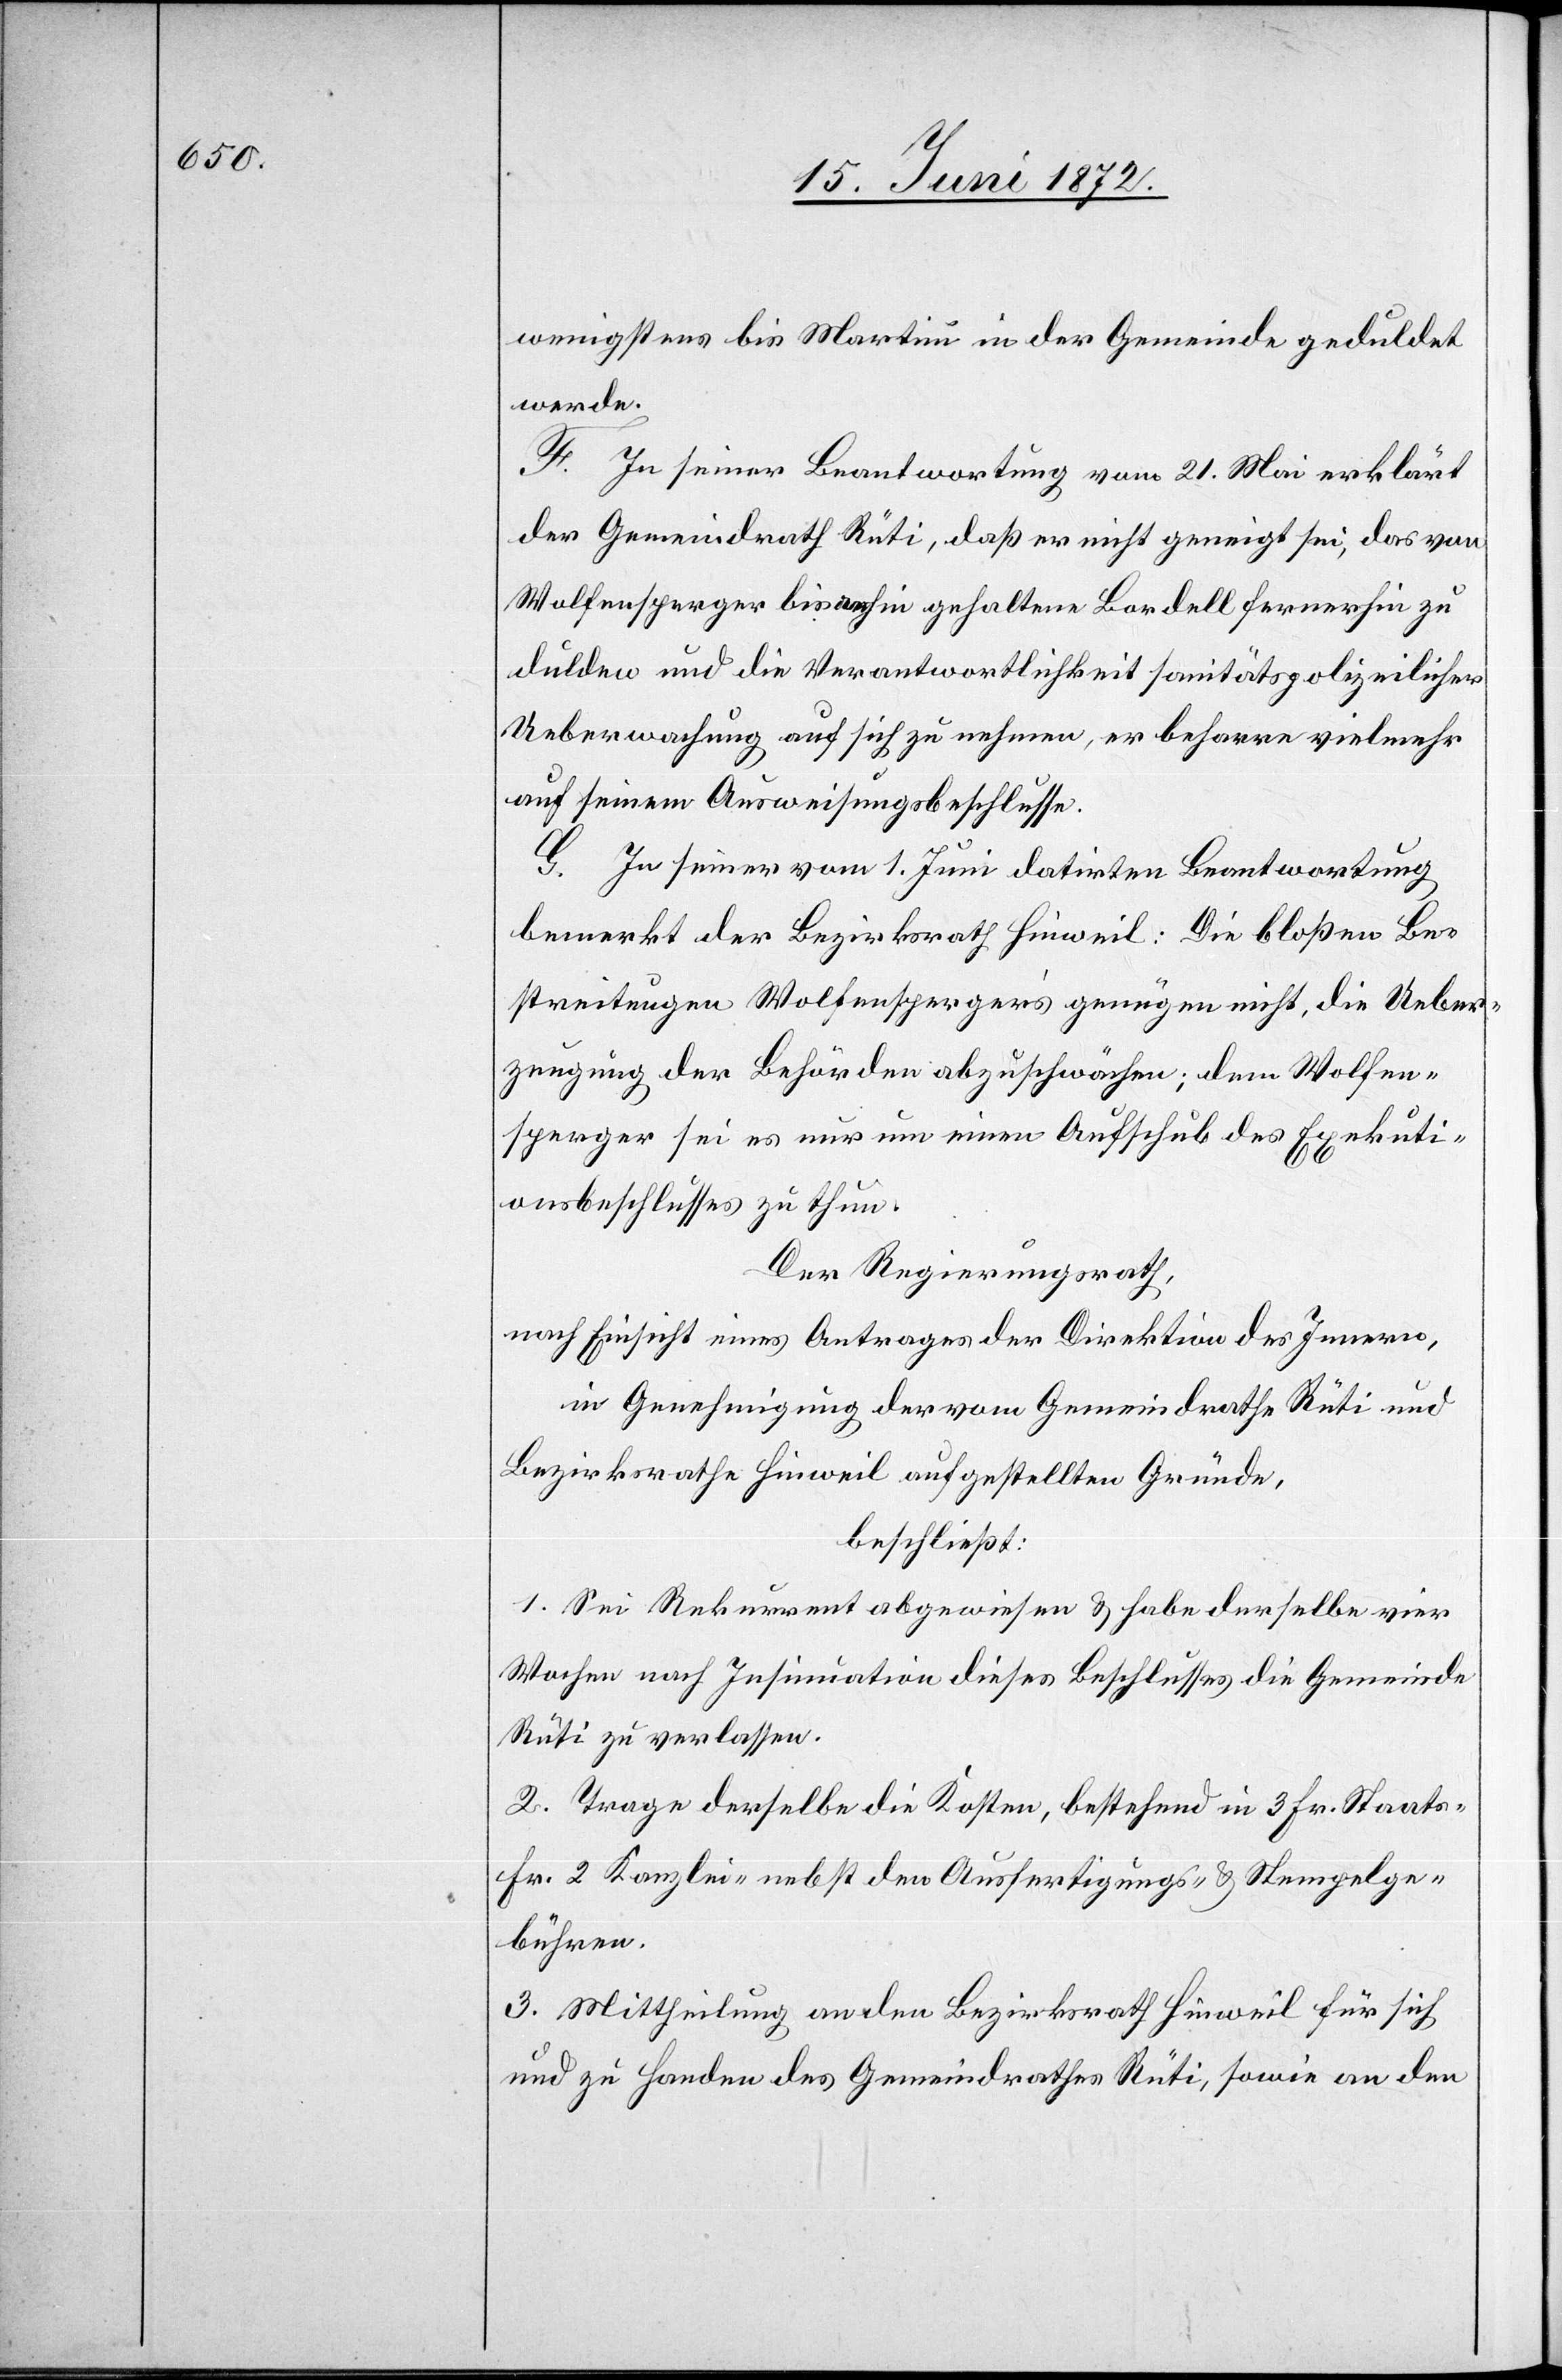
wenigstens bis Martini in der Gemeinde geduldet
werde.
F. In seiner Beantwortung vom 21. Mai erklärt
der Gemeindrath Rüti, daß er nicht geneigt sei, das von
Wolfensperger bis anhin gehaltene Bordell fernerhin zu
dulden und die Verantwortlichkeit sanitätspolizeilicher
Ueberwachung auf sich zu nehmen, er beharre vielmehr
auf seinem Ausweisungsbeschlusse.
G. In seiner vom 1. Juni datirten Beantwortung
bemerkt der Bezirksrath Hinweil: Die bloßen Be¬
streitungen Wolfensperger’s genügen nicht, die Ueber¬
zeugung der Behörden abzuschwächen; dem Wolfen¬
sperger sei es nur um einen Aufschub des Exekuti¬
onsbeschlusses zu thun.
Der Regierungsrath,
nach Einsicht eines Antrages der Direktion des Innern,
in Genehmigung der vom Gemeindrathe Rüti und
Bezirksrathe Hinweil aufgestellten Gründe,
beschließt:
1. Sei Rekurrent abgewiesen u. habe derselbe vier
Wochen nach Insinuation dieses Beschlusses die Gemeinde
Rüti zu verlassen.
2. Trage derselbe die Kosten, bestehend in 3 Fr. Staats-[,]
Fr. 2 Kanzlei-[,] nebst den Ausfertigungs- u. Stempelge¬
bühren.
3. Mittheilung an den Bezirksrath Hinweil für sich
und zu Handen des Gemeindrathes Rüti, sowie an den